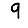
Digit: 9